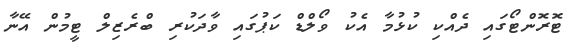
ޓޮރޮންޓޯގައި ދެއްކި ކުޅުމާ އެކު ވޯލްޑް ކަޕުގައި ވާދަކުރި ބްރެޒިލް ޓީމުން އޭނާ